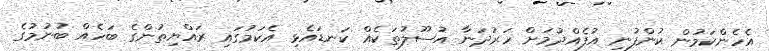
އެހެންކަމުން ކުންފުނި އުފެއްދުމަށް ހަރުދަނާ އުސޫލުތަކެއް ކަނޑައެޅި އެކަމުގައި ރައްޔިތުންގެ ބަހެއް ބުނުމުގެ